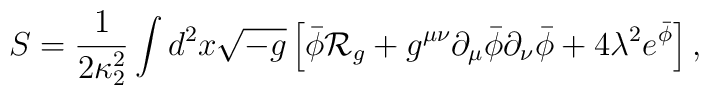
S={1\over{2\kappa^2_2}}\int d^2x\sqrt{-g}\left[\bar{\phi}{\cal R}_g+g^{\mu\nu}\partial_{\mu}\bar{\phi}\partial_{\nu}\bar{\phi}+4\lambda^2e^{\bar{\phi}}\right],